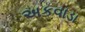
અકવાડા